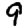
Digit: 9